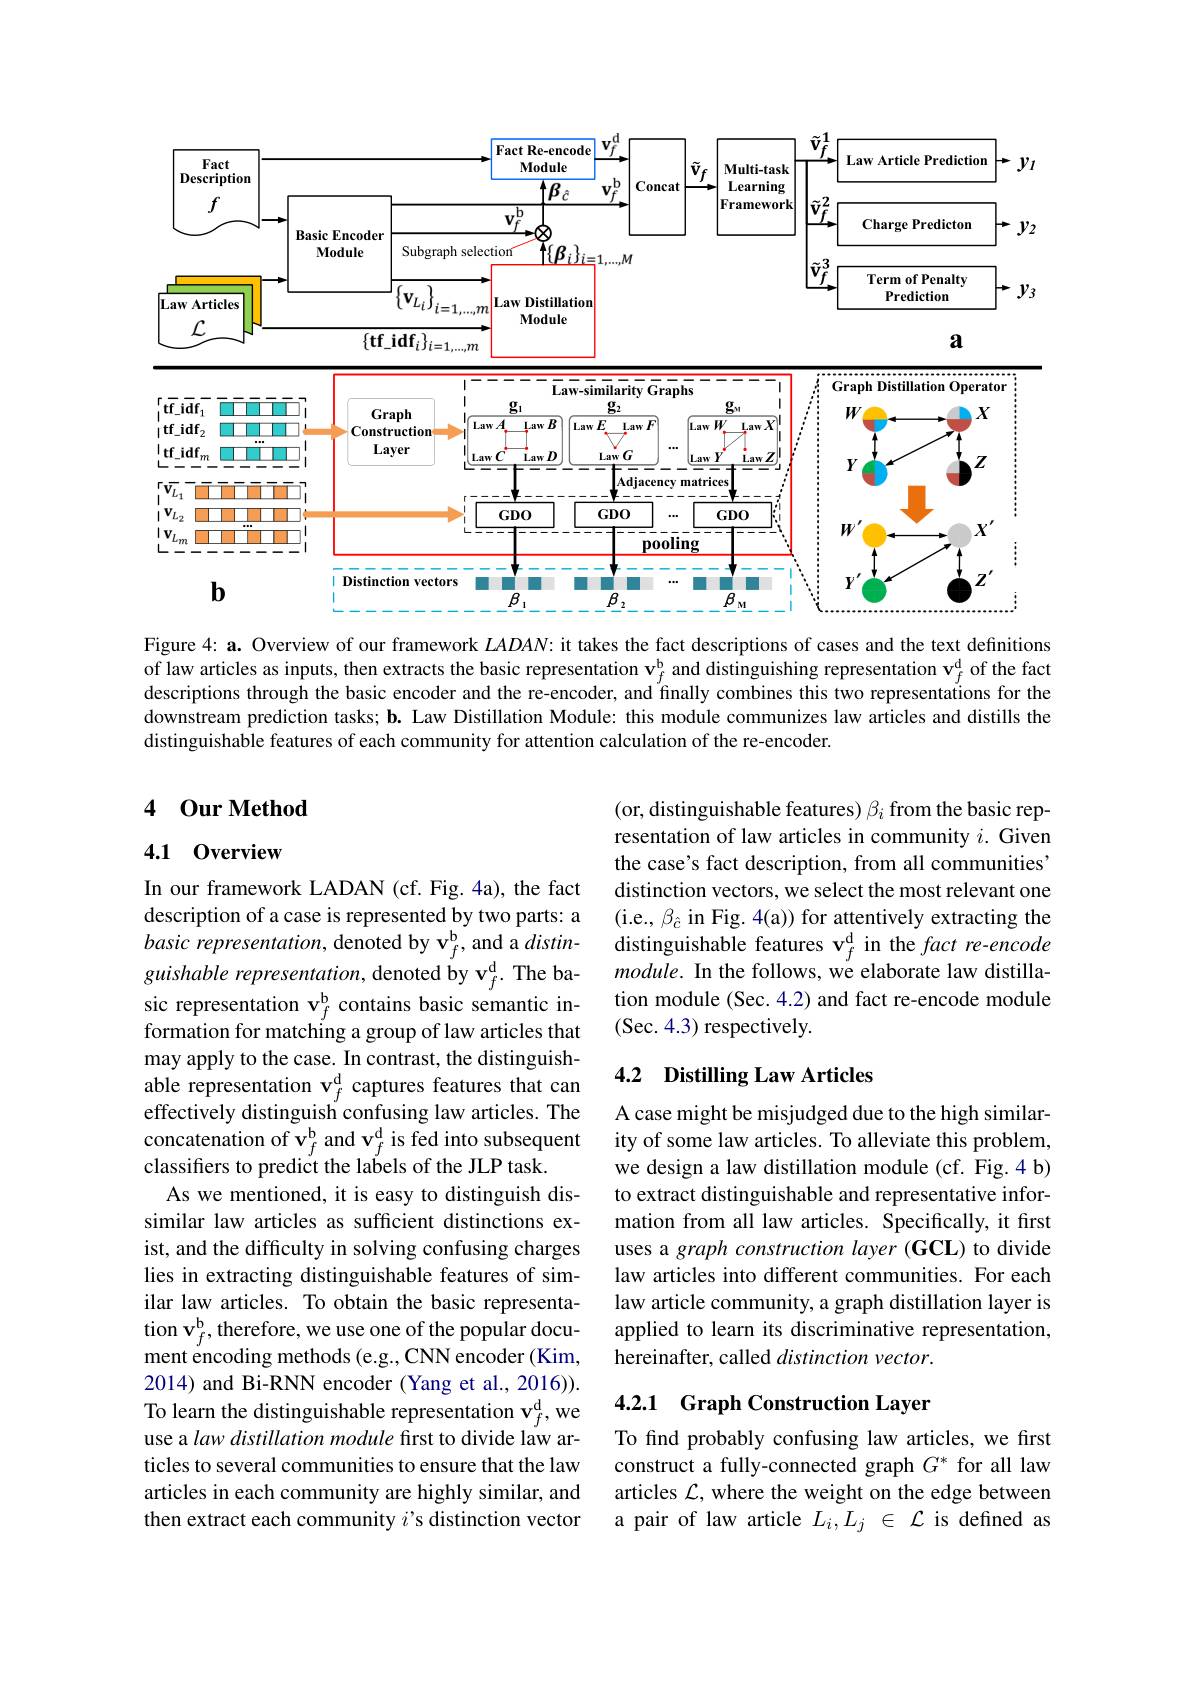
<FigureHere>

Figure 4: a. Overview of our framework $LADAN:$ it takes the fact descriptions of cases and the text definitions of law articles as inputs, then extracts the basic representation $\mathbf{v}_f^\mathrm{b}$ and distinguishing representation $\mathbf{v}_f^\mathrm{d}$ of the fact descriptions through the basic encoder and the re-encoder, and finally combines this two representations for the downstream prediction tasks; b. Law Distillation Module: this module communizes law articles and distills the distinguishable features of each community for attention calculation of the re-encoder.

### 4 $0urMethod$

### 4.1 0verview

(or, distinguishable features) $\beta_i$ from the basic representation of law articles in community $i.$ Given the case's fact description, from all communities' distinction vectors, we select the most relevant one (i.e., $\beta_{\hat{c}}$ in Fig. 4(a)) for attentively extracting the distinguishable features v$_f^\mathrm{d}$ in the fact re-encode module. In the follows, we elaborate law distillation module (Sec. 4.2) and fact re-encode module
sic representation v$_f^{\mathrm{b}}$ contains basic semantic in- tion module (Sec.4.2)formation for matching a group of law articles that (Sec.4.3) respectively.

### 4.2 Distilling Law Articles

In our framework LADAN (cf. Fig. 4a), the fact description of a case is represented by two parts: a basic representation, denoted by v$_f^{\mathrm{b}}$, and a $distin-$ guishable representation, denoted by v$_f^\mathrm{d}.$ The bamay apply to the case. In contrast, the distinguishable representation $\mathbf{v}_f^\mathrm{d}$ captures features that can effectively distinguish confusing law articles. The concatenation of v$_f^{\mathrm{b}}$ and $\mathbf{v}_f^{\mathrm{d}}$ is fed into subsequent classifiers to predict the labels of the JLP task.
As we mentioned, it is easy to distinguish dissimilar law articles as sufficient distinctions exist, and the difficulty in solving confusing charges lies in extracting distinguishable features of similar law articles. To obtain the basic representation v$_f^{\mathrm{b}}$,therefore, we use one of the popular document encoding methods (e.g., CNN encoder (Kim, 2014) and Bi-RNN encoder (Yang et al., 2016)). To learn the distinguishable representation v$_f^\mathrm{d}$,we use a law distillation module first to divide law articles to several communities to ensure that the law articles in each community are highly similar, and then extract each community $i$'s distinction vector

A case might be misjudged due to the high similarity of some law articles. To alleviate this problem, we design a law distillation module (cf. Fig.4 b) to extract distinguishable and representative information from all law articles. Specifically, it first uses a graph construction layer (GCL) to divide law articles into different communities. For each law article community, a graph distillation layer is applied to learn its discriminative representation, hereinafter, called distinction vector.

## 4.2.1 Graph Construction Layer

To find probably confusing law articles, we first construct a fully-connected graph $G^*$ for all law articles $\mathcal{L}$, where the weight on the edge between a pair of law article $L_i,L_j\in\mathcal{L}$ is defined as